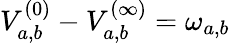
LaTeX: V_{a,b}^{(0)}-V_{a,b}^{(\infty)}=\omega_{a,b}